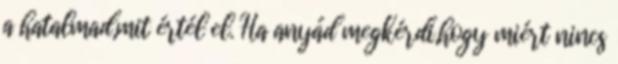
a hatalmad,mit értél el. Ha anyád megkérdi,hogy miért nincs